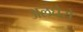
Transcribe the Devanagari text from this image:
अलघेरो